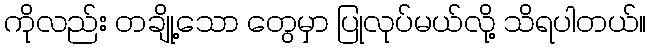
ကိုလည်း တချို့သော တွေမှာ ပြုလုပ်မယ်လို့ သိရပါတယ်။